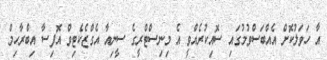
އާ ހަވަލުކޮށް އެއްބަސްވުމުގައި ސޮއިކުރެއްވީ އެ މިނިސްޓްރީގެ ސީނިއާ އެގްޒެކެޓިވް އޮފިސާ އިބްރާހިމް